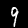
Digit: 9